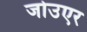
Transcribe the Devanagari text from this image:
जोउएर